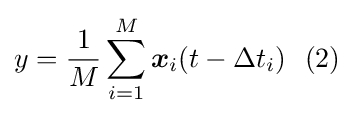
y={\frac {1}{M}}\sum _{i=1}^{M}{\boldsymbol {x}}_{i}(t-\Delta t_{i})\ \ (2)